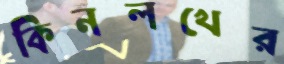
কিনলখের